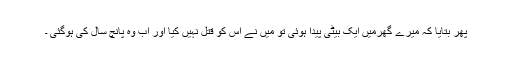
پھر بتایا کہ میرے گھرمیں ایک بیٹی پیدا ہوئی تو میں نے اس کو قتل نہیں کیا اور اب وہ پانچ سال کی ہوگئی ۔